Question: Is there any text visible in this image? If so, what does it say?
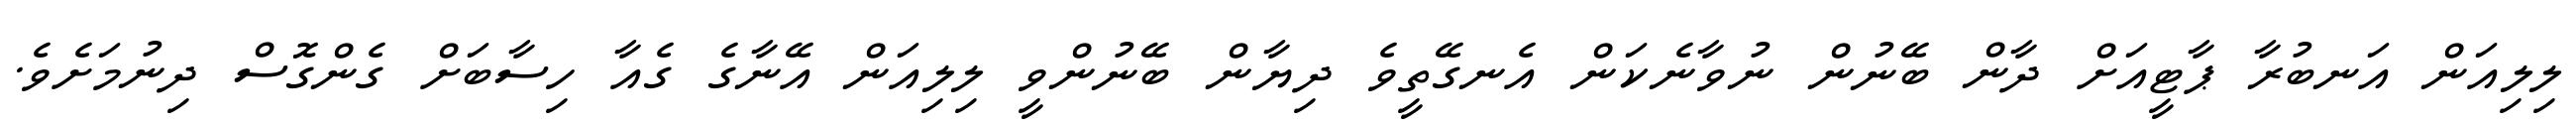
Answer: ލިލިއަން އަނބުރާ ޕާޓީއަށް ދާން ބޭނުން ނުވާނެކަން އެނގޭތީވެ ދިޔާން ބޭނުންވީ ލިލިއަން އޭނާގެ ގެއާ ހިސާބަށް ގެންގޮސް ދިނުމަށެވެ.